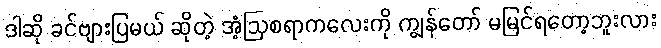
ဒါဆို ခင်ဗျားပြမယ် ဆိုတဲ့ အံ့ဩစရာကလေးကို ကျွန်တော် မမြင်ရတော့ဘူးလား